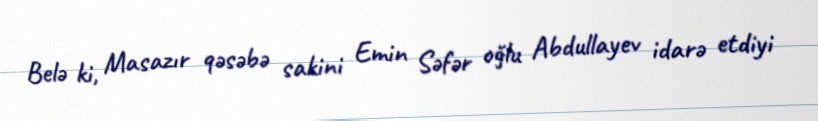
Belə ki, Masazır qəsəbə sakini Emin Səfər oğlu Abdullayev idarə etdiyi